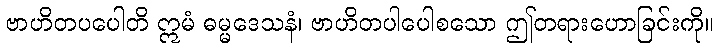
ဗာဟိတပပေါတိ ဣမံ ဓမ္မဒေသနံ၊ ဗာဟိတပါပေါစသော ဤတရားဟောခြင်းကို။